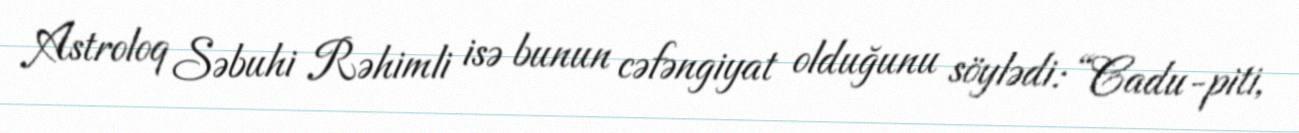
Astroloq Səbuhi Rəhimli isə bunun cəfəngiyat olduğunu söylədi: “Cadu-piti,